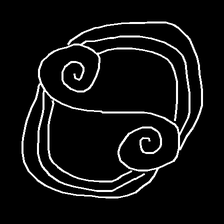
Glyph: wind-underfoot